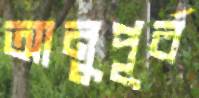
আনুপূর্ব